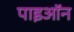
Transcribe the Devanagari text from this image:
पाइऑन